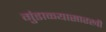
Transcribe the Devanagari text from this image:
गुंडाळ्यासारखी